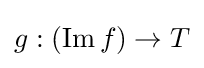
g:(\operatorname {Im} f)\to T